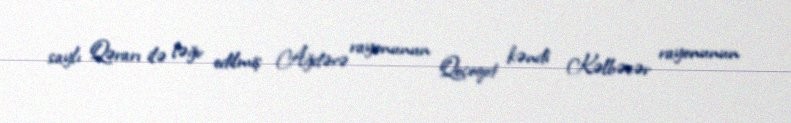
saylı Qərarı ilə ləğv edilmiş Ağdərə rayonunun Qoçoqot kəndi Kəlbəcər rayonunun